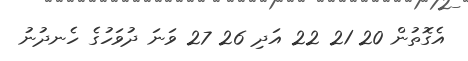
އެގޮތުން 20 21 22 އަދި 26 27 ވަނަ ދުވަހުގެ ހެނދުނު